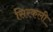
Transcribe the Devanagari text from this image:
सिरकली